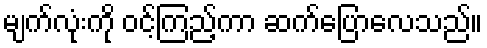
မျက်လုံးကို ဝင့်ကြည့်ကာ ဆက်ပြောလေသည်။